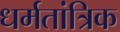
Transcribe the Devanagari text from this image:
धर्मतांत्रिक